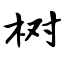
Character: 树